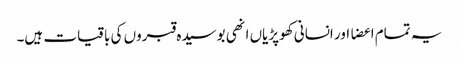
یہ تمام اعضا اور انسانی کھوپڑیاں انھی بوسیدہ قبروں کی باقیات ہیں۔